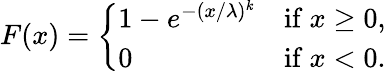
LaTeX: F(x)={\left\{ \begin{array}{ll}{1-e^{-(x/\lambda)^{k}}}&{{\mathrm{if~}}x\geq 0,}\\ {0}&{{\mathrm{if~}}x<0.}\end{array}\right.}